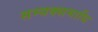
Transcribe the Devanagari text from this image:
सम्यक्समाधि